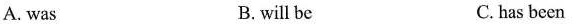
A. was B.will be C.has been